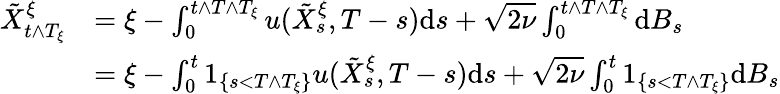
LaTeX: \begin{array}{rl}{\tilde{X}_{t\wedge T_{\xi}}^{\xi}}&{=\xi-\int_{0}^{t\wedge T\wedge T_{\xi}}u(\tilde{X}_{s}^{\xi},T-s)\textrm{d}s+\sqrt{2\nu}\int_{0}^{t\wedge T\wedge T_{\xi}}\textrm{d}B_{s}}\\ &{=\xi-\int_{0}^{t}1_{\left\{ s<T\wedge T_{\xi}\right\} }u(\tilde{X}_{s}^{\xi},T-s)\textrm{d}s+\sqrt{2\nu}\int_{0}^{t}1_{\left\{ s<T\wedge T_{\xi}\right\} }\textrm{d}B_{s}}\end{array}